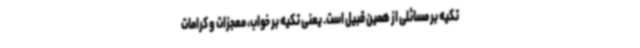
تکیه بر مسائلی از همین قبیل است. یعنی تکیه بر خواب، معجزات و کرامات